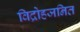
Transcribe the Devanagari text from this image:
विद्रोहजनित